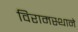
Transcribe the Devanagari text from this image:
विरामस्थाने